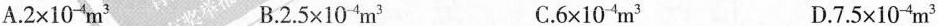
A.$$2 \times 1 0 _ { - 4 } m ^ { 3 }$$ B.$$2 . 5 \times 1 0 _ { - 4 } m ^ { 3 }$$ C.$$6 \times 10 _ { - 4 } m ^ { 3 }$$ D.$$7 . 5 \times 10 _ { - 4 } m ^ { 3 }$$